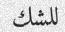
للشك